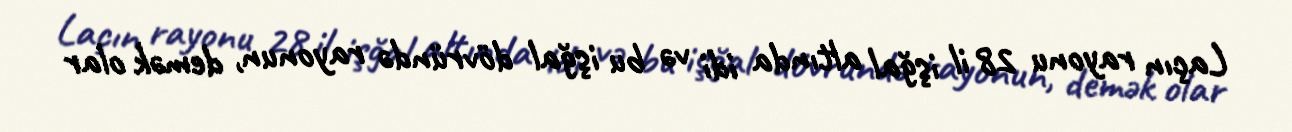
Laçın rayonu 28 il işğal altında idi və bu işğal dövründə rayonun, demək olar